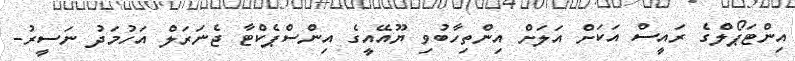
އިންޓަޕޯލްގެ ރައީސް އަކަށް އަލަށް އިންތިހާބުވި ޔޫއޭއީގެ އިންސްޕެކްޓާ ޖެނަރަލް އަހުމަދު ނަަސީރު-